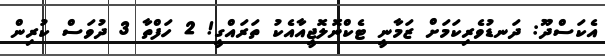
އެކަސްދޫ: ދަނޑުވެރިކަމަށް ޒަމާނީ ޓެކްނޮލޮޖީއާއެކު ތަރައްގީ! 2 ހަފްތާ 3 ދުވަސް ކުރިން